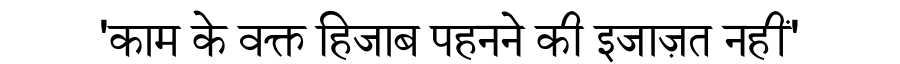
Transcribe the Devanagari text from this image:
'काम के वक्त हिजाब पहनने की इजाज़त नहीं'